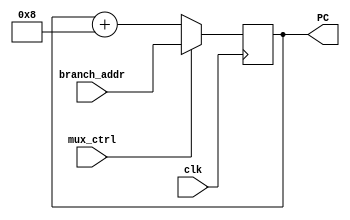
module PC_stage ( // Pipeline stage containing the Program Counter
	input wire clk,
	input wire mux_ctrl,
	input wire [63:0] branch_addr,
	output reg [63:0] PC
);

wire [63:0] PC_add8;

initial PC = 64'h0000000000000000;  // Start Address

assign PC_add8[63:0] = PC[63:0] + 64'h0000000000000008;

always @(posedge(clk)) begin
	if (mux_ctrl) begin
		PC <= branch_addr;
	end else begin
		PC <= PC_add8;
	end
end

endmodule